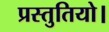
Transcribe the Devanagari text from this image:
प्रस्तुतियो।